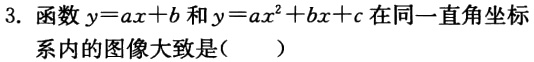
3. 函数\(y = ax + b\)和\(y = ax^{2}+bx + c\)在同一直角坐标系内的图像大致是（  ）